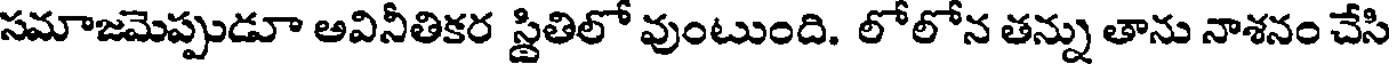
సమాజమెప్పుడూ అవినీతికర స్థితిలో వుంటుంది. లోలోన తన్ను తాను నాశనం చేసి